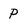
Character: p